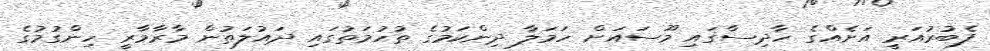
ފެބުރުއަރީ އަށެއްގެ ހާދިސާގައި މޫސައަށް ހަމަލާ ދިންކަމުގެ ތުހުމަތުގައި ދައުލަތުން މާރާމާރީ ހިންގުމުގެ